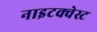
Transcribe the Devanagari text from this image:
नाइटक्वेस्ट